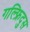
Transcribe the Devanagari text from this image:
गल्फ्रिदुस